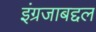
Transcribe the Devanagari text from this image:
इंग्रजाबद्दल